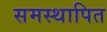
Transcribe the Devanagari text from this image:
समस्थापित